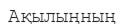
Ақылыңның